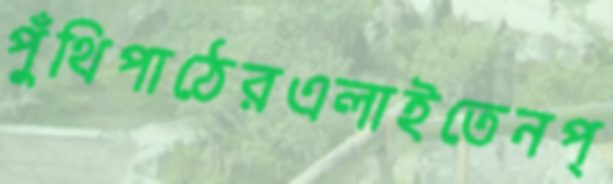
পুঁথিপাঠেরএলাইতেনপ্